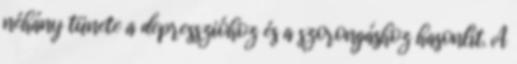
néhány tünete a depresszióhoz és a szorongáshoz hasonlít. A